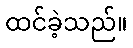
ထင်ခဲ့သည်။